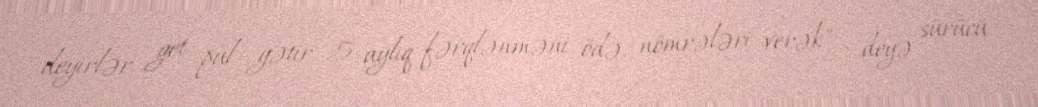
deyirlər get pul gətir, 5 aylıq fərqlənməni ödə, nömrələri verək" - deyə sürücü